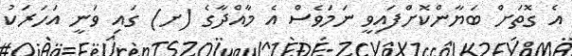
އެ ގޮތަށް ބަޔާންކޮށްފައިވީ ނަމަވެސް އެ މާއްދާގެ (ށ) ގައި ވަނީ އަހަރަކު